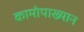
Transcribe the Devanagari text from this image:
कामोपाख्यान